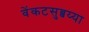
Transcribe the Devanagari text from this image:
वेंकटसुब्बय्या